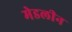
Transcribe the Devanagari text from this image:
मेडलीन